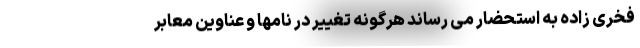
فخری زاده به استحضار می رساند هرگونه تغییر در نامها و عناوین معابر